Enquiry on enteric fever in India - Number 32
Disease focus: Fever
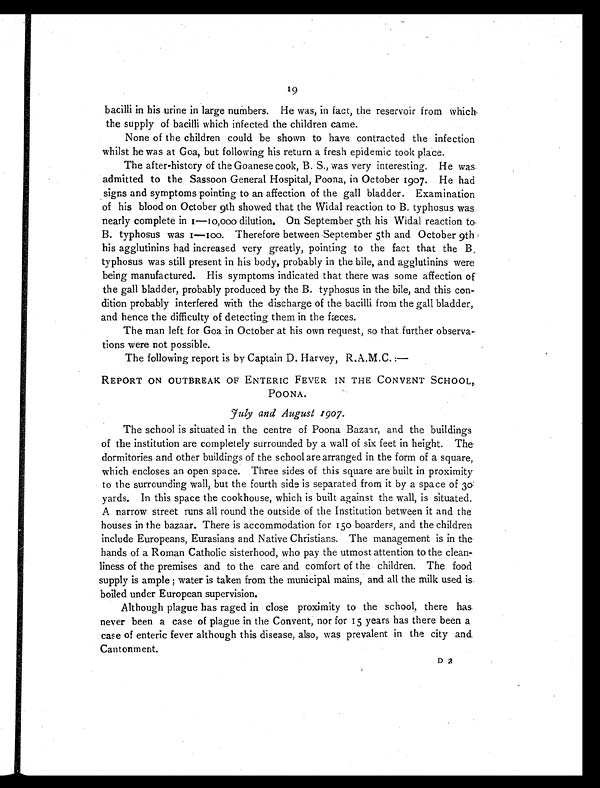
1 9
bacilli in his urine in large numbers. He was, in fact, the reservoir from which,
the supply of bacilli which infected the children came.
None of the children could be shown to have contracted the infection
whilst he was at Goa, but following his return a fresh epidemic took place.
The after-history of the Goanese cook, B. S., was very interesting. He was.
admitted to the Sassoon General Hospital, Poona, in October 1907. He had
signs and symptoms pointing to an affection of the gall bladder, Examination
of his blood on October 9th showed that the Widal reaction to B. typhosus was
nearly complete in 1—10,000 dilution. On September 5th his Widal reaction to-
B, typhosus was 1—100. Therefore between September 5th and October 9th
his agglutinins had increased very greatly, pointing to the fact that the B.
typhosus was still present in his body, probably in the bile, and agglutinins were
being manufactured. His symptoms indicated that there was some affection of
the gall bladder, probably produced by the B. typhosus in the bile, and this con-
dition probably interfered with the discharge of the bacilli from the gall bladder,
and hence the difficulty of detecting them in the fæces.
The man left for Goa in October at his own request, so that further observa-
tions were not possible.
The following report is by Captain D. Harvey, R.A.M.C.:—
REPORT ON OUTBREAK OF ENTERIC FEVER IN THE CONVENT SCHOOL,
POONA.
July and August 1907.
The school is situated in the centre of Poona Bazaar, and the buildings
of the institution are completely surrounded by a wall of six feet in height. The
dormitories and other buildings of the school are arranged in the form of a square,
which encloses an open space. Three sides of this square are built in proximity
to the surrounding wall, but the fourth side is separated from it by a space of 30:
yards. In this space the cookhouse, which is built against the wall, is situated.
A narrow street runs all round the outside of the Institution between it and the
houses in the bazaar. There is accommodation for 150 boarders, and the children
include Europeans, Eurasians and Native Christians. The management is in the
hands of a Roman Catholic sisterhood, who pay the utmost attention to the clean-
liness of the premises and to the care and comfort of the children. The food
supply is ample ; water is taken from the municipal mains, and all the milk used is.
boiled under European supervision.
Although plague has raged in close proximity to the school, there has.
never been a case of plague in the Convent, nor for 15 years has there been a
case of enteric fever although this disease, also, was prevalent in the city and.
Cantonment.
D